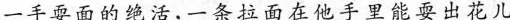
一手耍面的绝活，一条拉面在他手里能耍出花儿